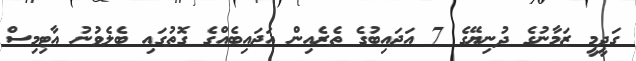
ގަދީމީ ޒަމާނުގެ ދުނިޔޭގެ 7 އަޖައިބުގެ ތެރެއިން އަޖައިބެއްގެ ގޮތުގައި ބެލެވުނު އާޓިމިސް